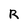
Character: R